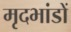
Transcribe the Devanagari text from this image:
मृदभांडों